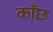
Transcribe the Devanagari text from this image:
काँछ